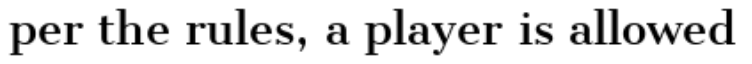
per the rules, a player is allowed